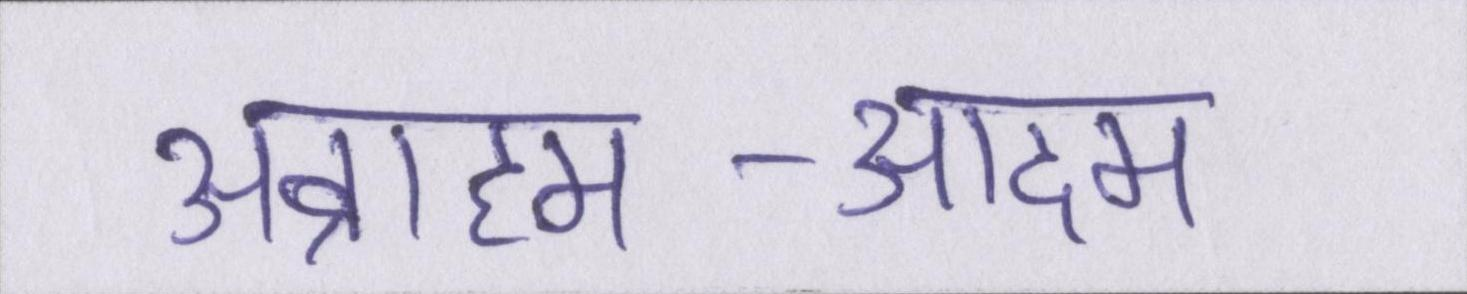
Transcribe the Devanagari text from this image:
अब्राहम-आदम